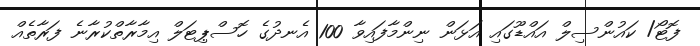
ފޮޓޯ/ ކައުންސިލް އައްޑޫގައި އަޅަން ނިންމާފައިވާ 100 އެނދުގެ ހޮސްޕިޓަލް އިމާރާތްކުރާނެ ފަރާތެއް